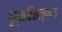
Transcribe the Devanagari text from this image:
युग्मविकल्पाचा